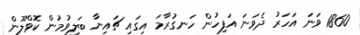
1860 ވަނަ އަހަރު ދެވަނަ އަފިހުން ހަނގުރާމަ އިގައި ޗައިނާ ބަލިވުމުން ކޮވްލޫން